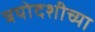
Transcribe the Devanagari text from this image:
त्रयोदशीच्या